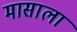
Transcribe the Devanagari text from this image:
मासाला